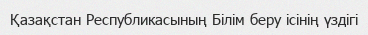
Қазақстан Республикасының Білім беру ісінің үздігі